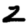
Digit: 2